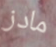
مادز